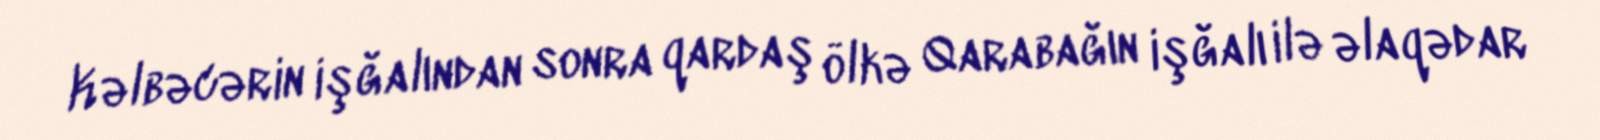
Kəlbəcərin işğalından sonra qardaş ölkə Qarabağın işğalı ilə əlaqədar